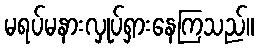
မရပ်မနားလှုပ်ရှားနေကြသည်။